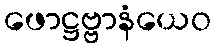
ဖောဋ္ဌဗ္ဗာနံယေဝ